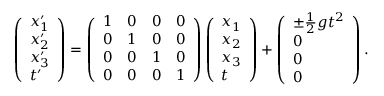
\begin{array} { r } { \left( \begin{array} { l } { x _ { 1 } ^ { \prime } } \\ { x _ { 2 } ^ { \prime } } \\ { x _ { 3 } ^ { \prime } } \\ { t ^ { \prime } } \end{array} \right) = \left( \begin{array} { l l l l } { 1 } & { 0 } & { 0 } & { 0 } \\ { 0 } & { 1 } & { 0 } & { 0 } \\ { 0 } & { 0 } & { 1 } & { 0 } \\ { 0 } & { 0 } & { 0 } & { 1 } \end{array} \right) \left( \begin{array} { l } { x _ { 1 } } \\ { x _ { 2 } } \\ { x _ { 3 } } \\ { t } \end{array} \right) + \left( \begin{array} { l } { \pm \frac { 1 } { 2 } g t ^ { 2 } } \\ { 0 } \\ { 0 } \\ { 0 } \end{array} \right) . } \end{array}